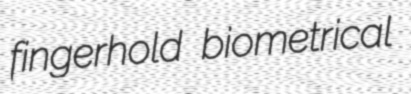
fingerhold biometrical